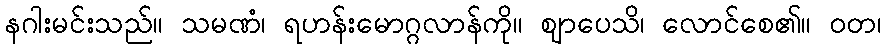
နဂါးမင်းသည်။ သမဏံ၊ ရဟန်းမောဂ္ဂလာန်ကို။ ဈာပေသိ၊ လောင်စေ၏။ ဝတ၊